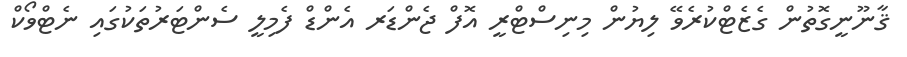
ޤާނޫނީގޮތުން ގެޒެޓްކުރެވޭ ލިޔުން މިނިސްޓްރީ އޮފް ޖެންޑަރ އެންޑް ފެމިލީ ސެންޓަރުތަކުގައި ނެޓްވޯކް